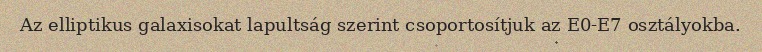
Az elliptikus galaxisokat lapultság szerint csoportosítjuk az E0-E7 osztályokba.